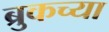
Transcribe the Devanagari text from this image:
ब्रुकच्या